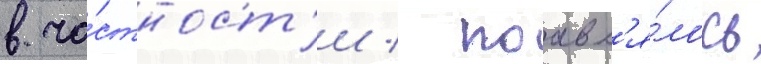
в ча́стност'и / поавл'я́лось